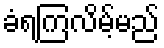
ခံရကြလိမ့်မည်